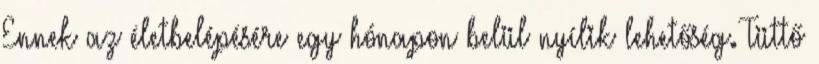
Ennek az életbelépésére egy hónapon belül nyílik lehetőség. Tüttő